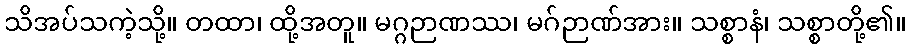
သိအပ်သကဲ့သို့။ တထာ၊ ထို့အတူ။ မဂ္ဂဉာဏဿ၊ မဂ်ဉာဏ်အား။ သစ္စာနံ၊ သစ္စာတို့၏။